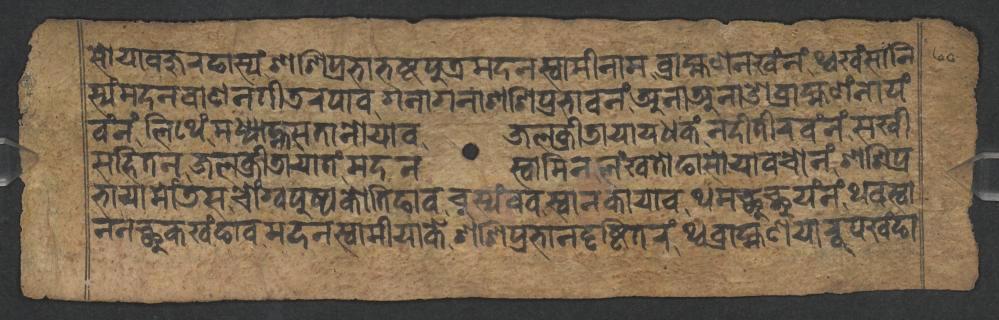
𑐳𑑀𑐫𑐵𑐰𑐖𑐸𑐬𑐒𑐵𑐳𑑂𑐫𑑄𑐱𑐱𑐶𑐥𑑂𑐬𑐨𑐵𑐨𑐲𑑂𑐚𑐥𑐸𑐟𑑂𑐬𑐩𑐡𑐣𑐳𑑂𑐰𑐵𑐩𑐷𑐣𑐵𑐩𑐧𑑂𑐬𑐵𑐴𑑂𑐩𑐞𑐣𑐏𑑄𑐣𑑄𑐠𑑂𑐰𑐏𑑄𑐳𑐵𑐣𑐶 𑐳𑑂𑐫𑑄𑐩𑐡𑐣𑐧𑐵𑐞𑐣𑐥𑐷𑐜𑐬𑐥𑐵𑐰𑐐𑐣𑐵𑐐𑐣𑐵𑐱𑐱𑐶𑐥𑑂𑐬𑐨𑐵𑐰𑐣𑑄𑐀𑐣𑐵𑐀𑐣𑐵𑐌𑐧𑑂𑐬𑐵𑐴𑑂𑐩𑐞𑑄𑐣𑐵𑐥𑑄 𑐰𑑄𑐣𑑄𑐮𑐶𑐠𑐾𑑄𑐩𑐢𑑂𑐫𑐵𑐴𑑂𑐣𑐳𑐟𑐵𑐣𑑀𑐫𑐵𑐰𑐖𑐮𑐎𑑂𑐬𑐷𑐜𑐵𑐫𑐵𑐫𑐢𑐎𑑄𑐣𑐡𑐷𑐟𑐷𑐬𑐰𑑄𑐣𑑄𑐳𑐏𑐷 𑐳𑐴𑐶𑐟𑐣𑐖𑐮𑐎𑑂𑐬𑐷𑐜𑐵𑐫𑐵𑐟𑑄𑐩𑐡𑐣𑐳𑑂𑐰𑐵𑐩𑐶𑐣𑐮𑑄𑐏𑐟𑑀𑐒𑐵𑐳𑑀𑐫𑐵𑐰𑐔𑑀𑐣𑑄𑐱𑐱𑐶𑐥𑑂𑐬 𑐨𑐵𑐫𑐵𑐩𑑀𑑄𑐜𑐳𑐔𑑀𑑄𑐐𑑂𑐰𑐥𑐸𑐲𑑂𑐥𑐎𑑀𑐟𑐶𑐒𑐵𑐰𑐔𑐸𑐳𑑂𑐫𑑄𑐰𑐰𑐳𑑂𑐰𑐵𑐣𑐎𑐵𑐫𑐵𑐰𑐠𑐩𑐕𑐸𑐕𑐸𑐫𑑄𑐣𑑄𑐠𑐰𑐳𑑂𑐰𑐵 𑐣𑐣𑐕𑐸𑐎𑐏𑑄𑐒𑐵𑐰𑐩𑐡𑐣𑐳𑑂𑐰𑐵𑐩𑐷𑐫𑐵𑐎𑐾𑐱𑐱𑐶𑐥𑑂𑐬𑐨𑐵𑐣𑐡𑐺𑐲𑑂𑐚𑐶𑐟𑐬𑑄𑐠𑑂𑐰𑐧𑑂𑐬𑐵𑐴𑑂𑐩𑐞𑐫𑐵𑐬𑐹𑐥𑐏𑑄𑐒𑐵